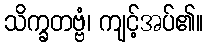
သိက္ခတဗ္ဗံ၊ ကျင့်အပ်၏။